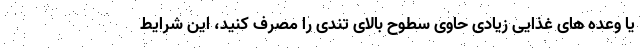
یا وعده های غذایی زیادی حاوی سطوح بالای تندی را مصرف کنید، این شرایط